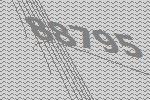
88795